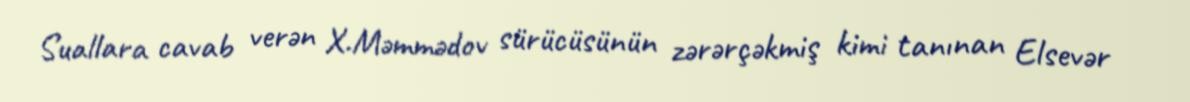
Suallara cavab verən X.Məmmədov sürücüsünün zərərçəkmiş kimi tanınan Elsevər